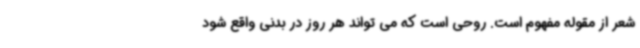
شعر از مقوله مفهوم است. روحی است که می تواند هر روز در بدنی واقع شود